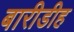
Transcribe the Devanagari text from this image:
बारीडीह